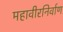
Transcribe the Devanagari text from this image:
महावीरनिर्वाण